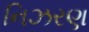
નિઝરણ